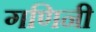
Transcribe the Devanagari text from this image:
गणिनी